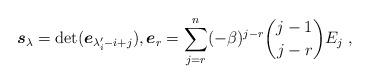
LaTeX: \begin{align*}\boldsymbol{s}_{\lambda }=\det (\boldsymbol{e}_{\lambda _{i}^{\prime}-i+j}),\boldsymbol{e}_{r}=\sum_{j=r}^{n}(-\beta )^{j-r}\binom{j-1}{j-r}E_{j}~, \end{align*}